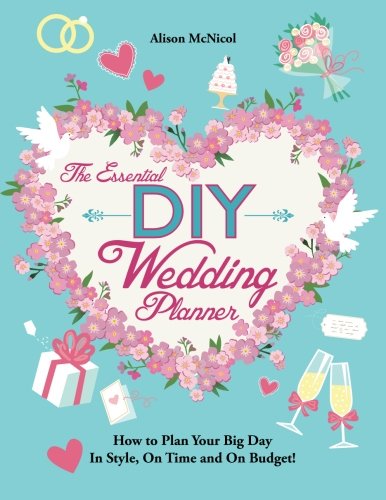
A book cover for The Essential DIY Wedding Planner: How to Plan Your Big Day In Style, On Time and On Budget!; Alison McNicol; Crafts, Hobbies & Home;